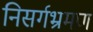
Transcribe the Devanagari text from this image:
निसर्गभ्रमण